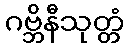
ဂဗ္ဘိနီသုတ္တံ